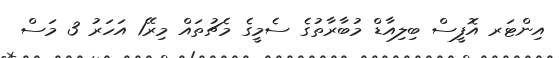
އިންޓަރ އޮފީސް ބިލިއާޑް މުބާރާތުގެ ސެމީގެ މެޗުތައް މިރޭ1 އަހަރު 3 މަސް